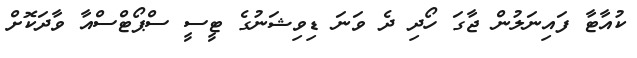
ކުއާޓާ ފައިނަލުން ޖާގަ ހޯދި ދެ ވަނަ ޑިވިޝަނުގެ ޓީސީ ސްޕޯޓްސްއާ ވާދަކޮށް